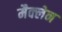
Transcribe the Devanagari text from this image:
मैक्‍लेन